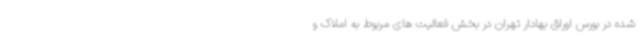
شده در بورس اوراق بهادار تهران در بخش فعالیت های مربوط به املاک و